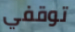
توقفي